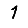
Digit: 1